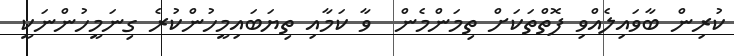
ކުރިން ބާވައިލެއްވި ފޮތްތަކަށް ތިމަންމެން  ވާ ކަމާއި ތިޔަބައިމީހުންކުރެ ގިނަމީހުންނަކީ